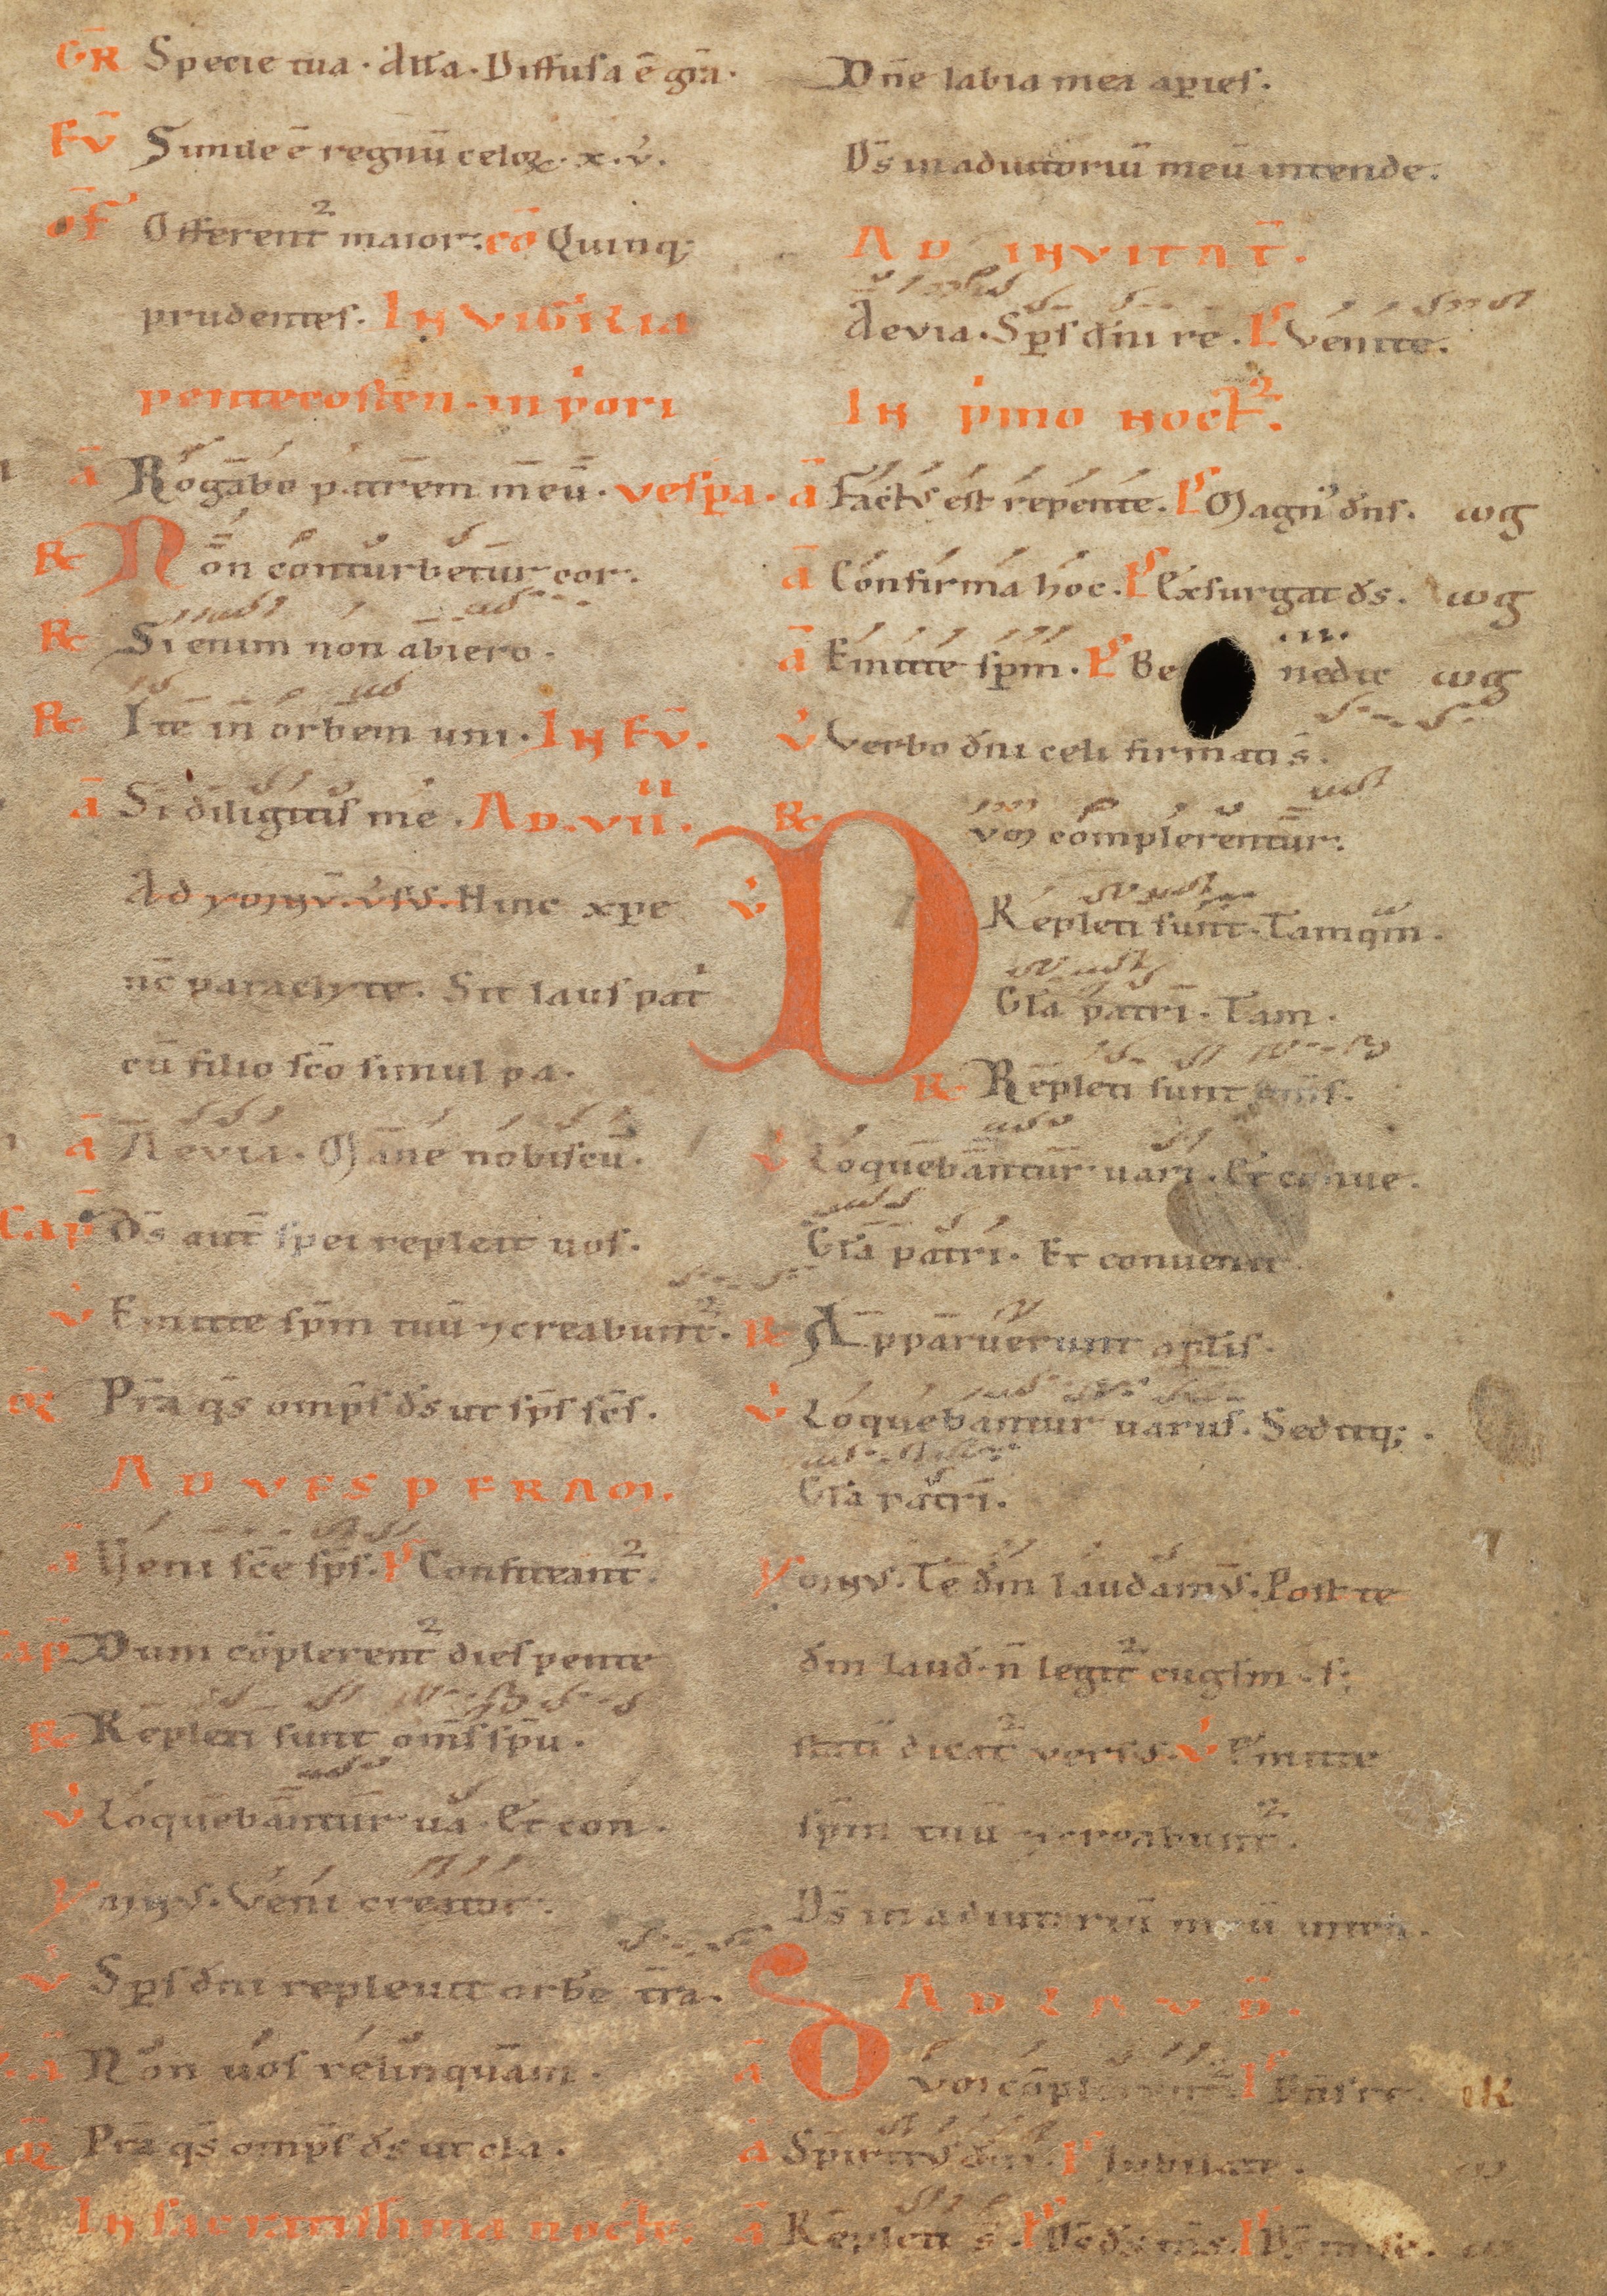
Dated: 1100–1199